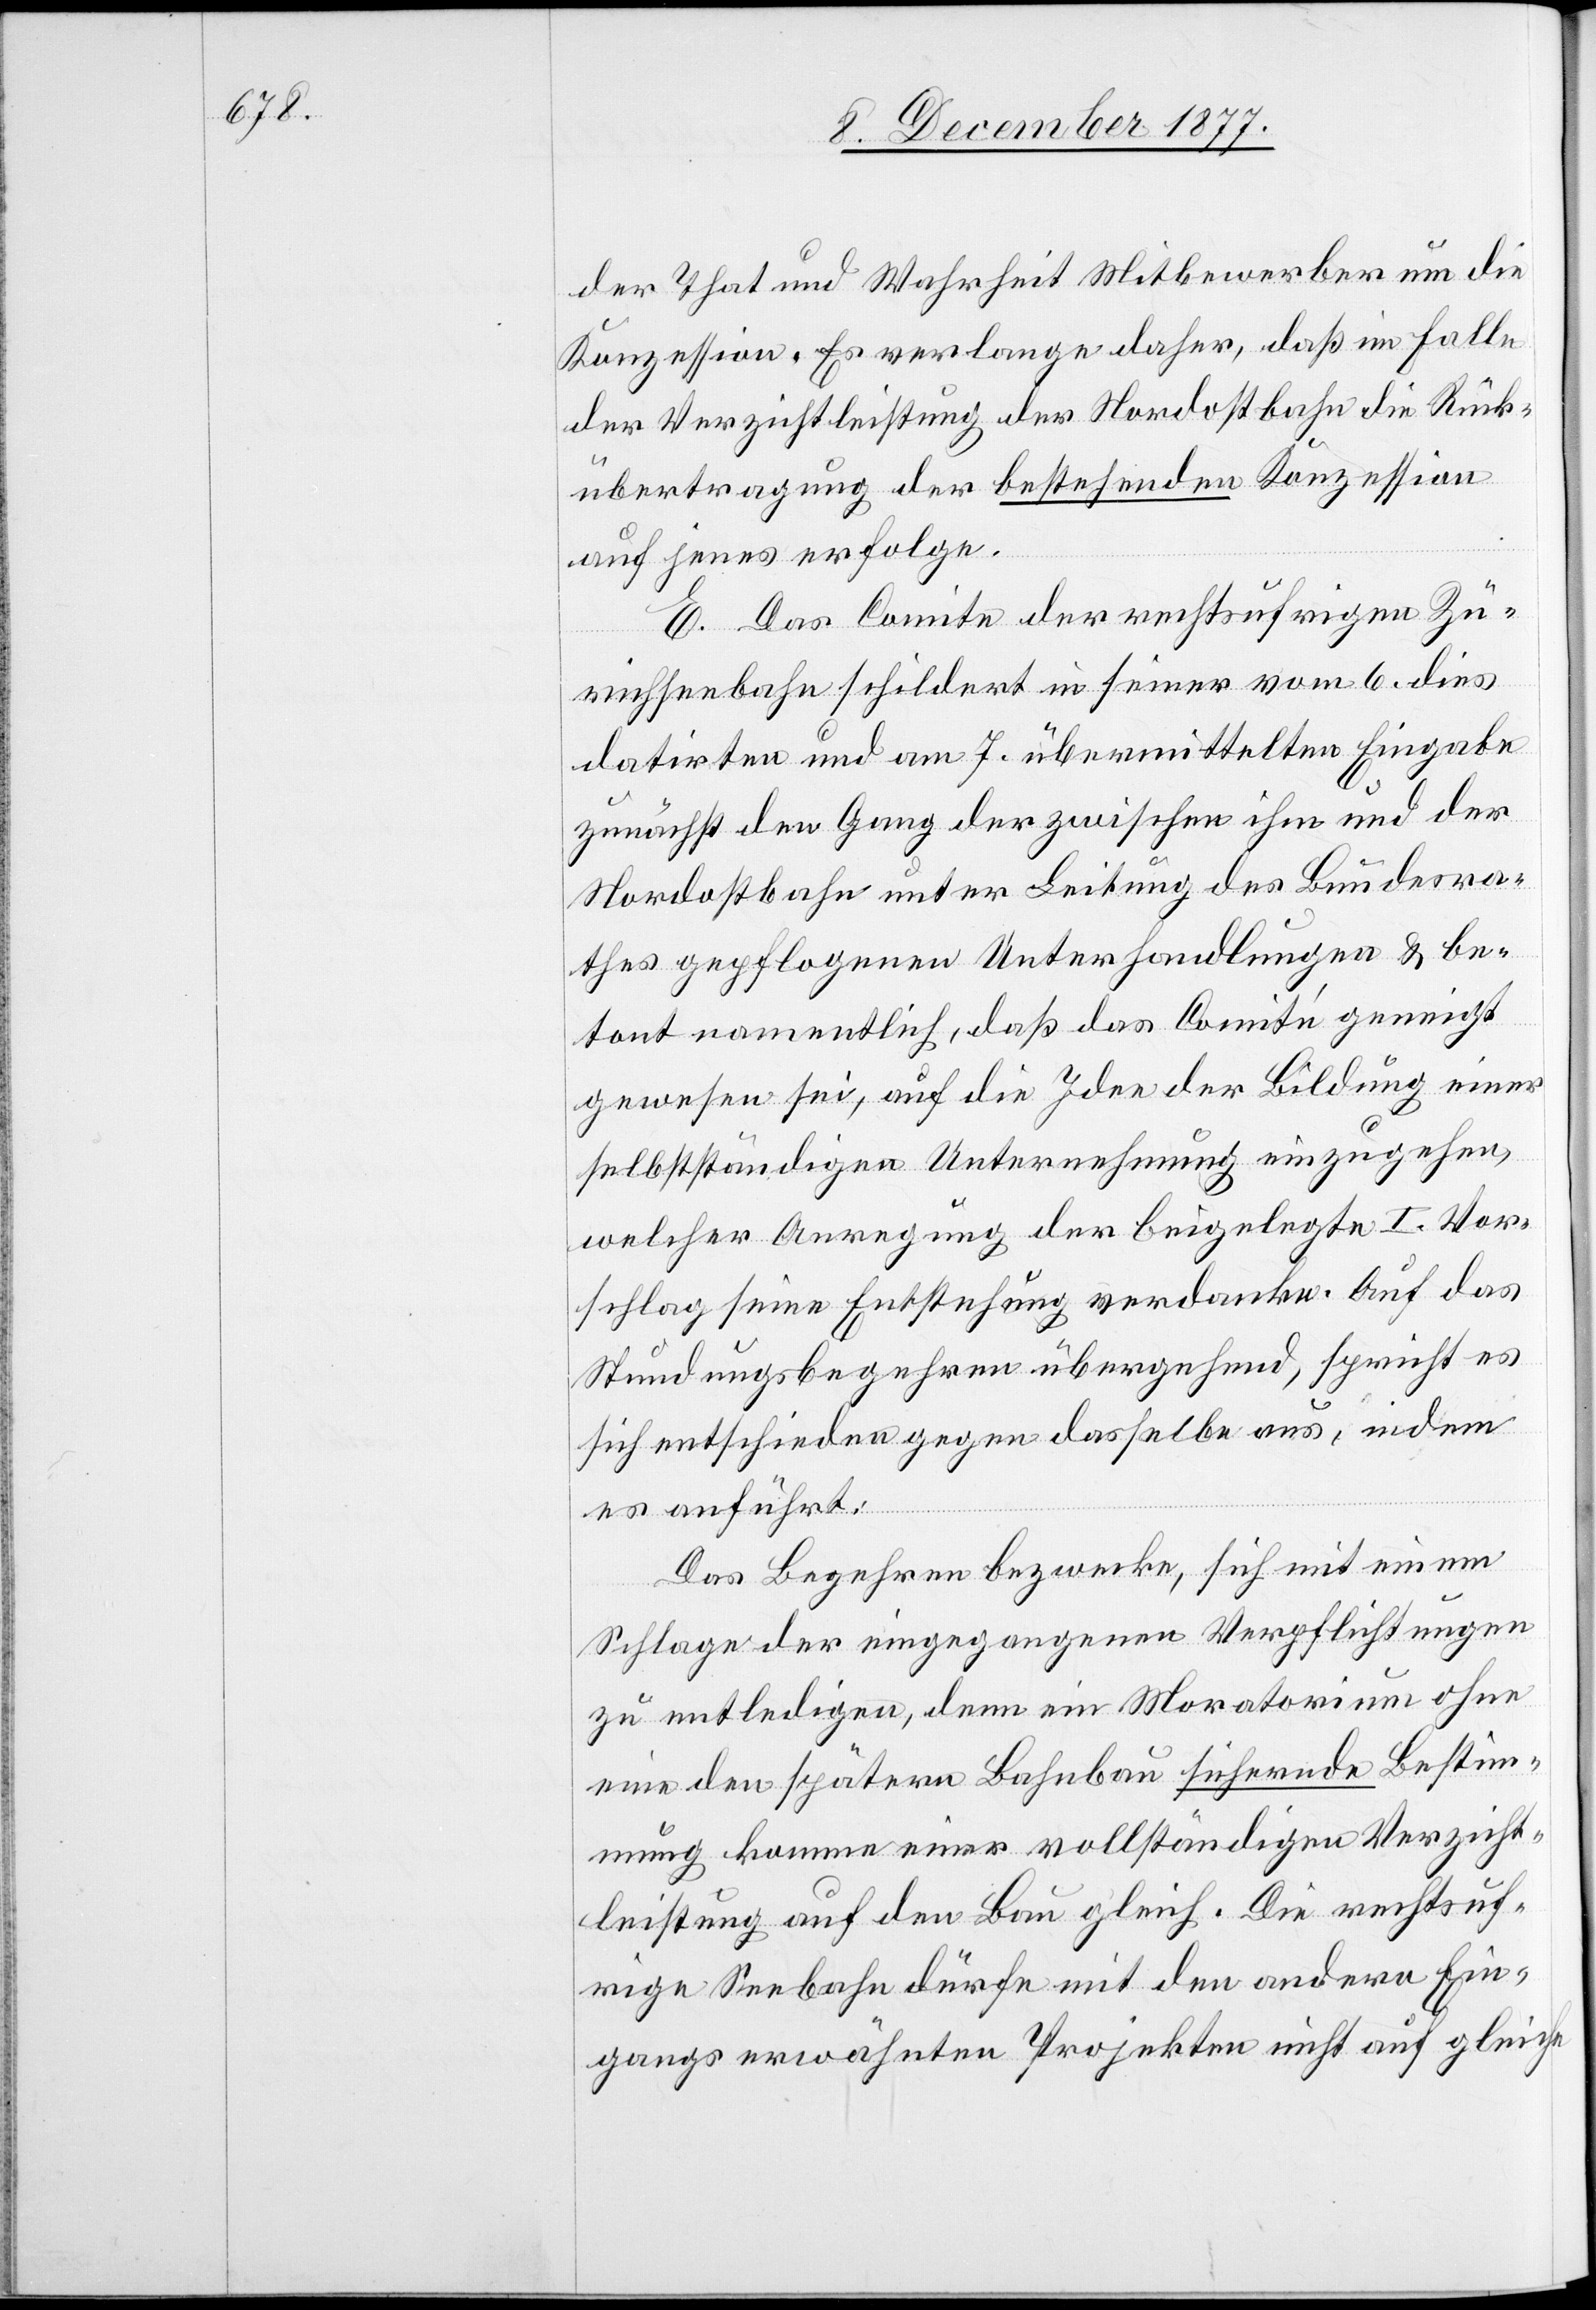
der That und Wahrheit Mitbewerber um die
Konzession. Es verlange daher, daß im Falle
der Verzichtleistung der Nordostbahn die Rück¬
übertragung der bestehenden Konzession
auf jenes erfolge.
E. Das Comite der rechtsufrigen Zü¬
richseebahn schildert in seiner vom 6. dies
datirten und am 7. übermittelten Eingabe
zunächst den Gang der zwischen ihm und der
Nordostbahn unter Leitung des Bundesra¬
thes gepflogenen Unterhandlungen & be¬
tont namentlich, daß das Comité geneigt
gewesen sei, auf die Idee der Bildung einer
selbstständigen Unternehmung einzugehen,
welcher Anregung der beigelegte I. Vor¬
schlag seine Entstehung verdanke. Auf das
Stundungsbegehren übergehend, spricht es
sich entschieden gegen dasselbe aus, indem
es anführt:
Das Begehren bezwecke, sich mit einem
Schlage der eingegangenen Verpflichtungen
zu entledigen, denn ein Moratorium ohne
eine den spätern Bahnbau sichernde Bestim¬
mung komme einer vollständigen Verzicht¬
leistung auf den Bau gleich. Die rechtsuf¬
rige Seebahn dürfe mit den andern Ein¬
gangs erwähnten Projekten nicht auf gleiche